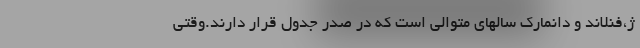
ژ،فنلاند و دانمارک سالهای متوالی است که در صدر جدول قرار دارند.وقتی